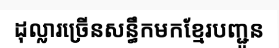
ដុល្លារច្រើនសន្ធឹកមកខ្មែរបញ្ជូន